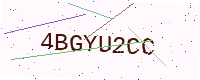
Text: 4BGYU2CC